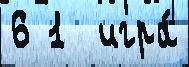
6 1  игра́